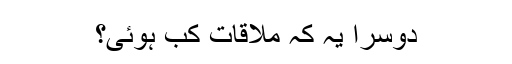
دوسرا یہ کہ ملاقات کب ہوئی؟